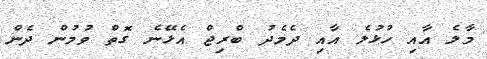
މާލެ އާއި ހުޅުލެ އާއި ދެމެދު ބްރިޖް އެޅޭނެ ގޮތް ވުމުން ދެން